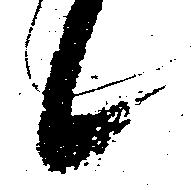
候